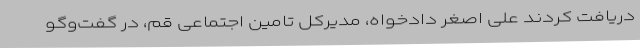
دریافت کردند علی اصغر دادخواه، مدیرکل تامین اجتماعی قم، در گفت‌وگو